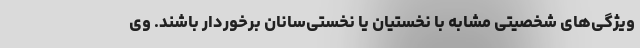
ویژگی‌های شخصیتی مشابه با نخستیان یا نخستی‌سانان برخوردار باشند. وی